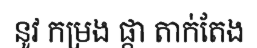
នូវ កម្រង ផ្កា តាក់តែង